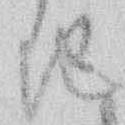
ち